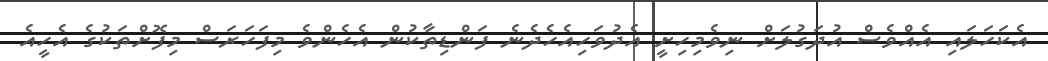
އެކަހަލައި އެއްވެސް އުދަގުލަށް ނިވެމިހިށީ އެދުވަހިއެހެދެނެ ފަންޑިތާކުން އެހެންވެ މިފަހަރަސް މިފޮށްތަކުގެ އެހީއެ